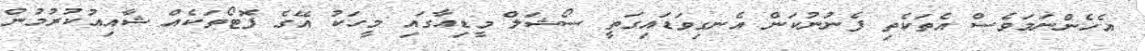
އެހެންނަމަވެސް އެތަކެތި ފެނުނުކަން އެނގިވަޑައިގަތީ ސޯޝަލް މީޑިއާގައި މީހަކު އޭގެ ފޮޓޯތަކެއް ޝާއިއުކުރުމުން